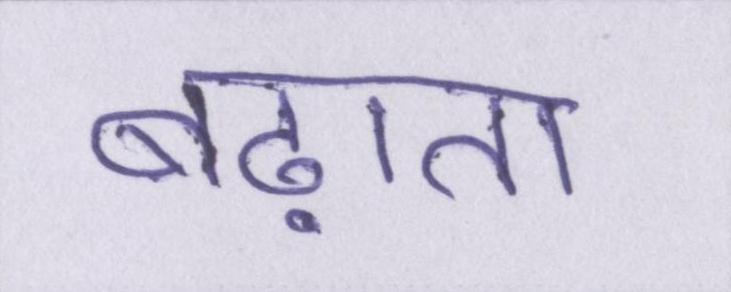
बढ़ाता